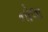
નોલા